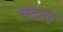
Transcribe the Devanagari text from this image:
चंद्रगढ़